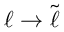
\ell \rightarrow \widetilde { \ell }